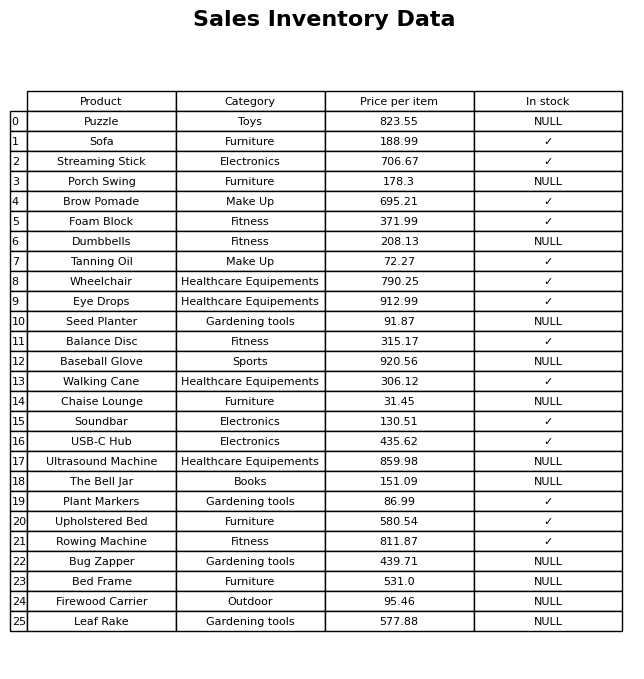
question: Which products are currently out of stock?
answer: Puzzle, Porch Swing, Dumbbells, Seed Planter, Baseball Glove, Chaise Lounge, Ultrasound Machine, The Bell Jar, Bug Zapper, Bed Frame, Firewood Carrier, Leaf Rake